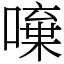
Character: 𠾍